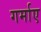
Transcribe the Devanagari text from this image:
गर्माए